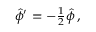
\hat { \phi } ^ { \prime } = - { \textstyle \frac { 1 } { 2 } } \hat { \phi } \, ,